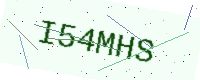
Text: I54MHS